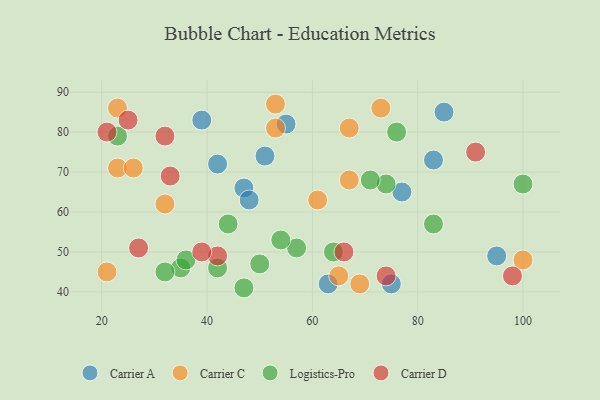
{"axis": {"x": "GDP", "y": "Life Expectancy"}, "legend": ["Carrier A", "Carrier C", "Carrier D", "Logistics-Pro"], "data": [{"x": "63", "y": 42, "type": "Carrier A"}, {"x": "85", "y": 85, "type": "Carrier A"}, {"x": "83", "y": 73, "type": "Carrier A"}, {"x": "51", "y": 74, "type": "Carrier A"}, {"x": "42", "y": 72, "type": "Carrier A"}, {"x": "95", "y": 49, "type": "Carrier A"}, {"x": "77", "y": 65, "type": "Carrier A"}, {"x": "47", "y": 66, "type": "Carrier A"}, {"x": "75", "y": 42, "type": "Carrier A"}, {"x": "48", "y": 63, "type": "Carrier A"}, {"x": "55", "y": 82, "type": "Carrier A"}, {"x": "39", "y": 83, "type": "Carrier A"}, {"x": "65", "y": 44, "type": "Carrier C"}, {"x": "100", "y": 48, "type": "Carrier C"}, {"x": "23", "y": 86, "type": "Carrier C"}, {"x": "53", "y": 81, "type": "Carrier C"}, {"x": "21", "y": 45, "type": "Carrier C"}, {"x": "73", "y": 86, "type": "Carrier C"}, {"x": "61", "y": 63, "type": "Carrier C"}, {"x": "32", "y": 62, "type": "Carrier C"}, {"x": "53", "y": 87, "type": "Carrier C"}, {"x": "67", "y": 68, "type": "Carrier C"}, {"x": "69", "y": 42, "type": "Carrier C"}, {"x": "67", "y": 81, "type": "Carrier C"}, {"x": "23", "y": 71, "type": "Carrier C"}, {"x": "26", "y": 71, "type": "Carrier C"}, {"x": "35", "y": 46, "type": "Logistics-Pro"}, {"x": "100", "y": 67, "type": "Logistics-Pro"}, {"x": "57", "y": 51, "type": "Logistics-Pro"}, {"x": "83", "y": 57, "type": "Logistics-Pro"}, {"x": "42", "y": 46, "type": "Logistics-Pro"}, {"x": "54", "y": 53, "type": "Logistics-Pro"}, {"x": "74", "y": 67, "type": "Logistics-Pro"}, {"x": "36", "y": 48, "type": "Logistics-Pro"}, {"x": "44", "y": 57, "type": "Logistics-Pro"}, {"x": "47", "y": 41, "type": "Logistics-Pro"}, {"x": "32", "y": 45, "type": "Logistics-Pro"}, {"x": "64", "y": 50, "type": "Logistics-Pro"}, {"x": "71", "y": 68, "type": "Logistics-Pro"}, {"x": "23", "y": 79, "type": "Logistics-Pro"}, {"x": "50", "y": 47, "type": "Logistics-Pro"}, {"x": "76", "y": 80, "type": "Logistics-Pro"}, {"x": "42", "y": 49, "type": "Carrier D"}, {"x": "27", "y": 51, "type": "Carrier D"}, {"x": "32", "y": 79, "type": "Carrier D"}, {"x": "91", "y": 75, "type": "Carrier D"}, {"x": "33", "y": 69, "type": "Carrier D"}, {"x": "25", "y": 83, "type": "Carrier D"}, {"x": "21", "y": 80, "type": "Carrier D"}, {"x": "74", "y": 44, "type": "Carrier D"}, {"x": "98", "y": 44, "type": "Carrier D"}, {"x": "39", "y": 50, "type": "Carrier D"}, {"x": "66", "y": 50, "type": "Carrier D"}]}